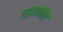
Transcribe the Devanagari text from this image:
ग्लावनोए